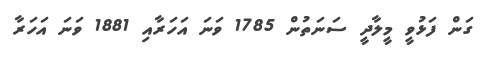
ގަން ފަޅުވީ މީލާދީ ސަނަތުން 1785 ވަނަ އަހަރާއި 1881 ވަނަ އަހަރާ